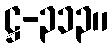
ဋ္ဌ-၃၁၃။